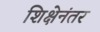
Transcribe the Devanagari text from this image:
शिक्षेनंतर